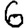
Digit: 6